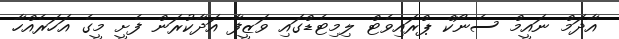
އާދަމް ނައީމް ސެނޯކް ޕްރައިވެޓް ލިމިޓެޑްގައި ވަޒީފާ އަދާކުރަން ފެށީ މީގެ އަހަރެއްހާ